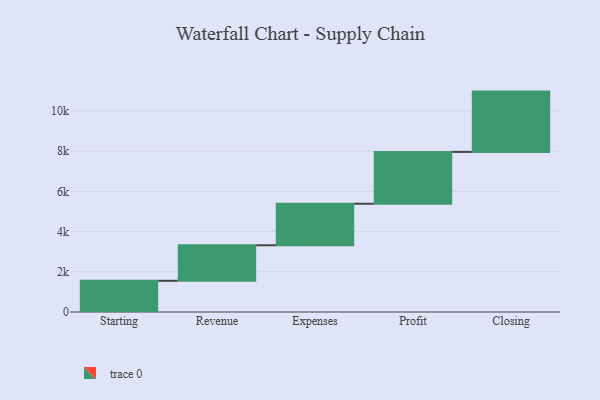
{"axis": {"x": "Step", "y": "Value"}, "legend": [""], "data": [{"x": "Starting", "y": 1553.0, "type": ""}, {"x": "Revenue", "y": 1767.0, "type": ""}, {"x": "Expenses", "y": 2066.0, "type": ""}, {"x": "Profit", "y": 2578.0, "type": ""}, {"x": "Closing", "y": 3000, "type": ""}]}